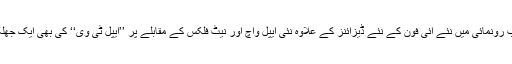
گزشتہ روز سلیکان ویلی، امریکا میں آئی فون 11 کی تقریبِ رونمائی میں نئے آئی فون کے نئے ڈیزائنز کے علاوہ نئی ایپل واچ اور نیٹ فلکس کے مقابلے پر ’’ایپل ٹی وی‘‘ کی بھی ایک جھلک پیش کی گئی ہے جسے جلد ہی متعارف کروایا جائے گا۔